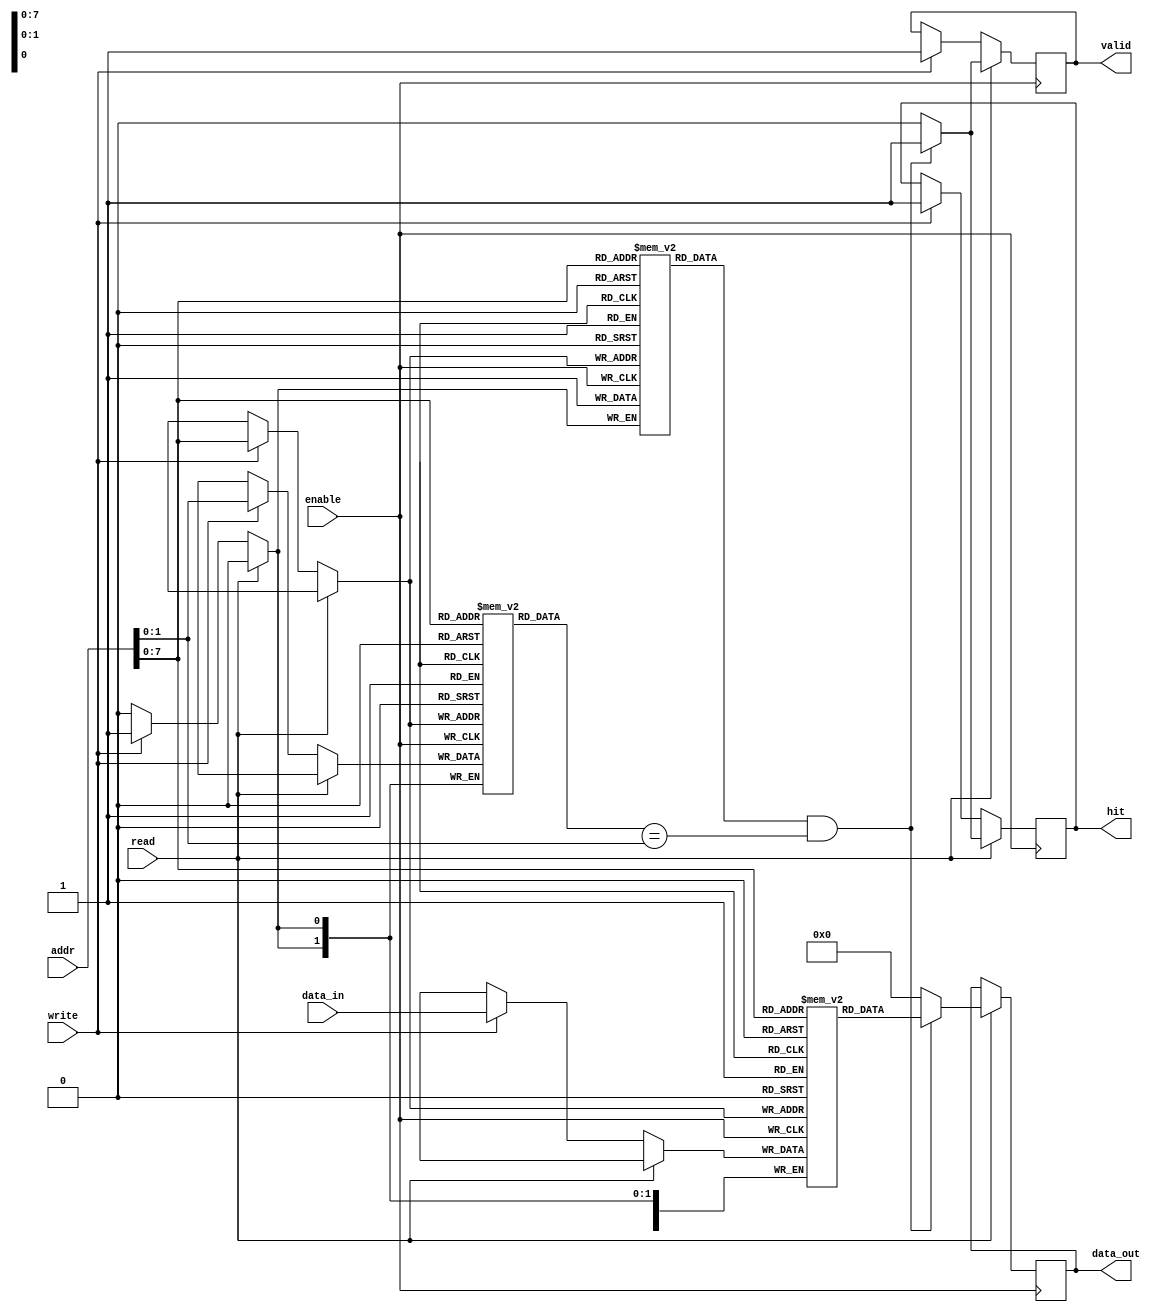
module direct_mapped_cache #(
    parameter N = 32,        // Address width
    parameter M = 32,        // Data width
    parameter C = 256,       // Number of cache lines
    parameter B = 4          // Block size (in bytes)
)(
    input  wire [N-1:0] addr,      // Address input
    input  wire [M-1:0] data_in,   // Data input
    input  wire read,               // Read control signal
    input  wire write,              // Write control signal
    input  wire enable,             // Enable control signal
    output reg  [M-1:0] data_out,   // Data output
    output reg  hit,                // Hit signal
    output reg  valid               // Valid signal
);

    // Cache line structure
    reg [N-M-1:0] tag [0:C-1];       // Tag array
    reg [M-1:0] data [0:C-1];        // Data array
    reg valid_bit [0:C-1];           // Valid bit array

    // Calculate index and offset
    wire [N-M-1:0] tag_in = addr[N-1:N-M]; // Extract tag from address
    wire [log2(C)-1:0] index = addr[log2(C)-1:0]; // Extract index from address
    wire [log2(B)-1:0] block_offset = addr[log2(B)-1:0]; // Extract block offset

    // Function to calculate log2
    function integer log2;
        input integer value;
        begin
            log2 = 0;
            while (2**log2 < value) begin
                log2 = log2 + 1;
            end
        end
    endfunction

    // Cache operation
    always @(posedge enable) begin
        if (read) begin
            // Read operation
            if (valid_bit[index] && (tag[index] == tag_in)) begin
                // Cache hit
                data_out <= data[index];
                hit <= 1'b1;
                valid <= 1'b1;
            end else begin
                // Cache miss
                data_out <= {M{1'b0}}; // Output zero or some default value
                hit <= 1'b0;
                valid <= 1'b0;
            end
        end else if (write) begin
            // Write operation
            data[index] <= data_in; // Write data to cache
            tag[index] <= tag_in;    // Update tag
            valid_bit[index] <= 1'b1; // Set valid bit
            hit <= 1'b1;              // Indicate a write hit
            valid <= 1'b1;            // Data is valid
        end
    end

endmodule